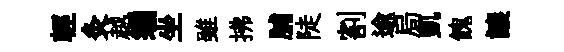
輕灸越编坐雖拂脯陡割逾局凱餽譲